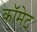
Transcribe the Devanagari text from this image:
कॉमेट